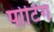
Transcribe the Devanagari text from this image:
पोटिंग